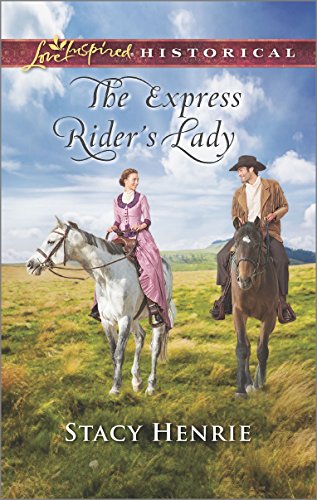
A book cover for The Express Rider's Lady (Love Inspired Historical); Stacy Henrie; Romance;